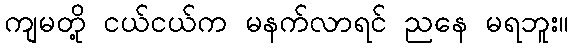
ကျမတို့ ငယ်ငယ်က မနက်လာရင် ညနေ မရဘူး။